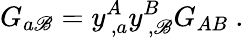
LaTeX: G_{a\mathscr{B}}=y_{\, ,a}^{A}y_{\, ,\mathscr{B}}^{B}G_{AB}~.